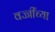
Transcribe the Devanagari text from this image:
वज्जींच्या